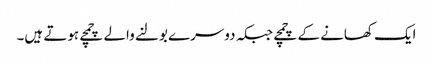
ایک کھانے کے چمچے جبکہ دوسرے بولنے والے چمچے ہوتے ہیں۔